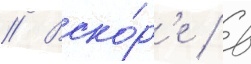
// Вско́р'е / в